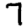
Digit: 7